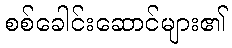
စစ်ခေါင်းဆောင်များ၏